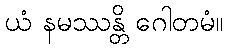
ယံ နမဿန္တိ ဂေါတမံ။